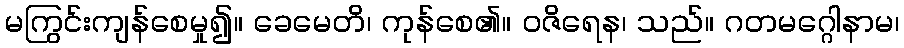
မကြွင်းကျန်စေမှု၍။ ခေမေတိ၊ ကုန်စေ၏။ ဝဇိရေန၊ သည်။ ဂတမဂ္ဂေါနာမ၊